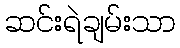
ဆင်းရဲချမ်းသာ